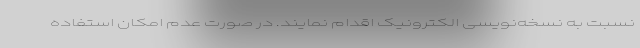
نسبت به نسخه‌نویسی الکترونیک اقدام نمایند. در صورت عدم امکان استفاده